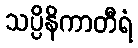
သပ္ပိနိကာတီရံ